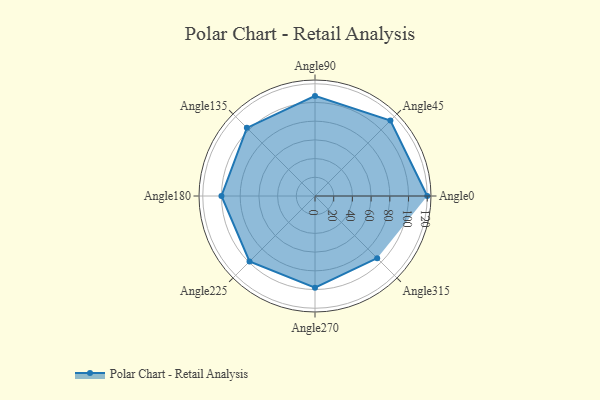
{"axis": {"x": "Angle", "y": "Radius"}, "legend": [""], "data": [{"x": "Angle0", "y": 120.0, "type": ""}, {"x": "Angle45", "y": 114.0, "type": ""}, {"x": "Angle90", "y": 107.0, "type": ""}, {"x": "Angle135", "y": 103.0, "type": ""}, {"x": "Angle180", "y": 100.0, "type": ""}, {"x": "Angle225", "y": 99.0, "type": ""}, {"x": "Angle270", "y": 98.0, "type": ""}, {"x": "Angle315", "y": 94.0, "type": ""}]}